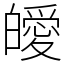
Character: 皧